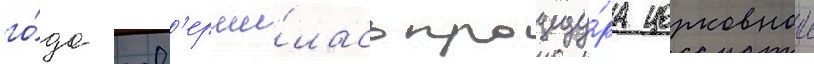
го́да зав'ерши́лась процеду́ра церковнои